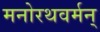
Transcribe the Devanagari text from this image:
मनोरथवर्मन्